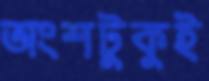
অংশটুকুই